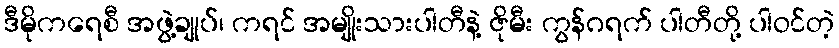
ဒီမိုကရေစီ အဖွဲ့ချုပ်၊ ကရင် အမျိုးသားပါတီနဲ့ ဇိုမီး ကွန်ဂရက် ပါတီတို့ ပါဝင်တဲ့